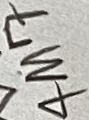
Text: 4M7